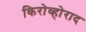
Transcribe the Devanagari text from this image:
किरोव्होराद